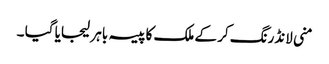
منی لانڈرنگ کر کے ملک کا پیسہ باہر لیجایا گیا ۔